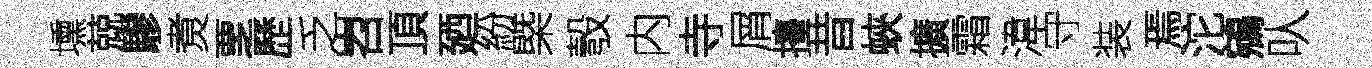
壎兢驂煑覂歷乏岧頂廼紛㮣彀内寺屑擡昔蛺擴霜湋守装焉沱鵷㕥